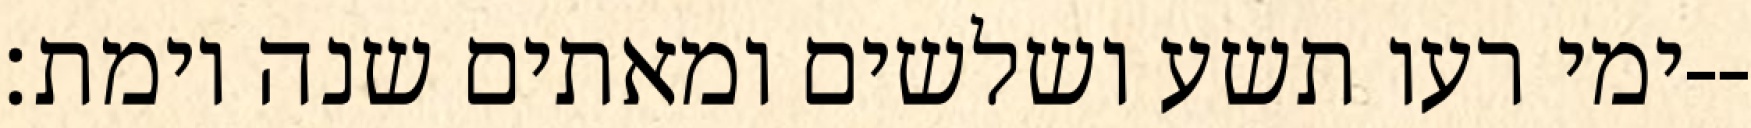
ימי רעו תשע ושלשים ומאתים שנה וימת׃--